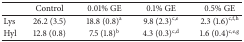
<table><thead><tr><td><b> </b></td><td><b>Control</b></td><td><b>0.01% GE</b></td><td><b>0.1% GE</b></td><td><b>0.5% GE</b></td></tr></thead><tbody><tr><td>Lys</td><td>26.2 (3.5) </td><td>18.8 (0.8)<sup>a</sup></td><td>9.8 (2.3)<sup>c,e</sup></td><td>2.3 (1.6)<sup>c,f,h</sup></td></tr><tr><td>Hyl</td><td>12.8 (0.8) </td><td>7.5 (1.8)<sup>b</sup></td><td>4.3 (0.3)<sup>c,d</sup></td><td>1.6 (0.4)<sup>c,e,g</sup></td></tr></tbody></table>